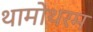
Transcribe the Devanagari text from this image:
थामोथरम